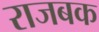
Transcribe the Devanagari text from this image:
राजबक